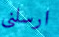
ارسلني